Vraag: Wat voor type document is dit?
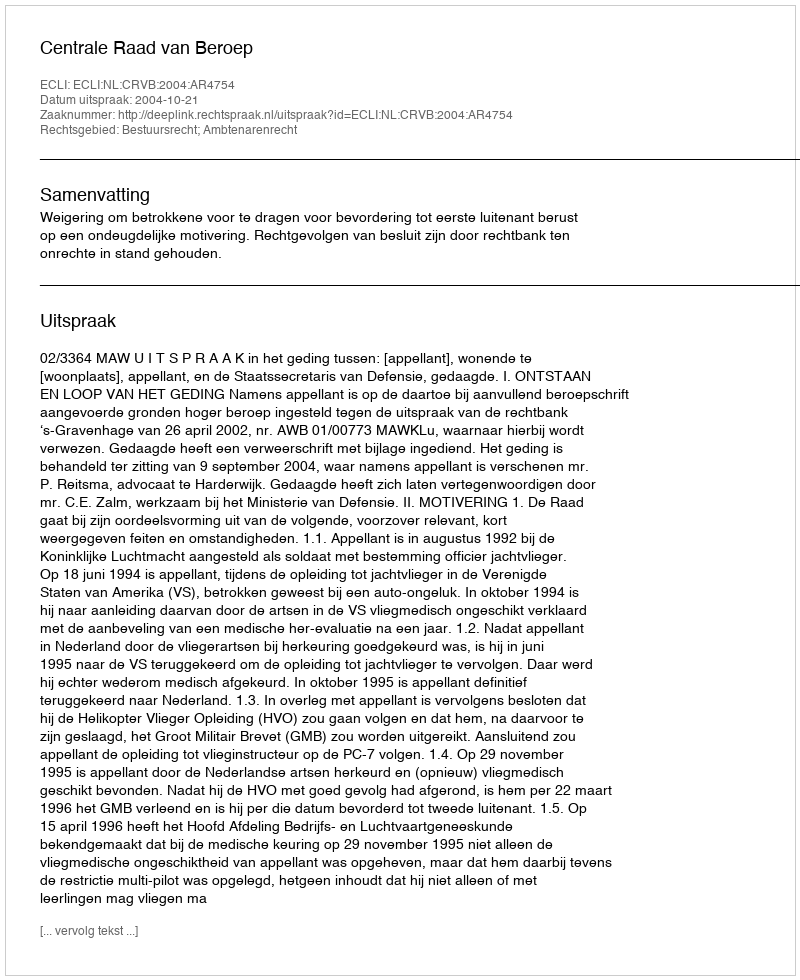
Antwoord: Uitspraak